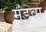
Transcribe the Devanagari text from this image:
मुंड़वा